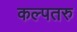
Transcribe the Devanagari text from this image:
कल्‍पतरु